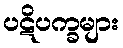
ပဋိပက္ခများ